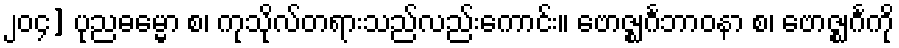
၂၀၄] ပုညဓမ္မော စ၊ ကုသိုလ်တရားသည်လည်းကောင်း။ ဗောဇ္ဈင်္ဂဘာဝနာ စ၊ ဗောဇ္ဈင်္ဂကို